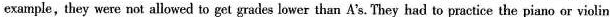
example, they were not allowed to get grades lower than A's. They had to practice the piano or violin